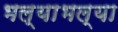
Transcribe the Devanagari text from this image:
भल्याभल्या